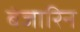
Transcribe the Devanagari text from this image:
बंजारिन